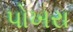
પોખરા